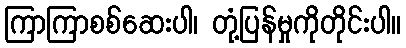
ကြာကြာစစ်ဆေးပါ၊ တုံ့ပြန်မှုကိုတိုင်းပါ။